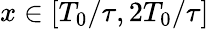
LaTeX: x\in[T_{0}/\tau,2T_{0}/\tau]